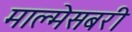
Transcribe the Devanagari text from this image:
माल्मेसबरी